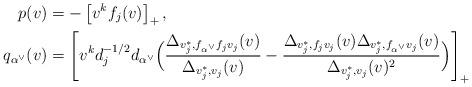
LaTeX: \begin{align*}p(v) & = - \left[v^k f_j(v)\right]_+, \\q_{\alpha^\vee}(v) & = \left[v^k d_j^{-1/2}d_{\alpha^\vee} \Big( \frac{\Delta_{v_j^\ast, f_{\alpha^\vee} f_j v_j}(v)}{\Delta_{v_j^\ast, v_j}(v)}- \frac{\Delta_{v_j^\ast, f_j v_j}(v) \Delta_{v_j^\ast, f_{\alpha^\vee} v_j}(v)}{\Delta_{v_j^\ast, v_j}(v)^2} \Big)\right]_+\end{align*}